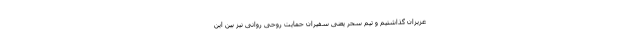
عزیزان گذاشتیم و تیم سحر یعنی سفیران حمایت روحی روانی نیز بین این